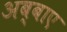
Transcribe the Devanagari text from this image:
अब्बाए